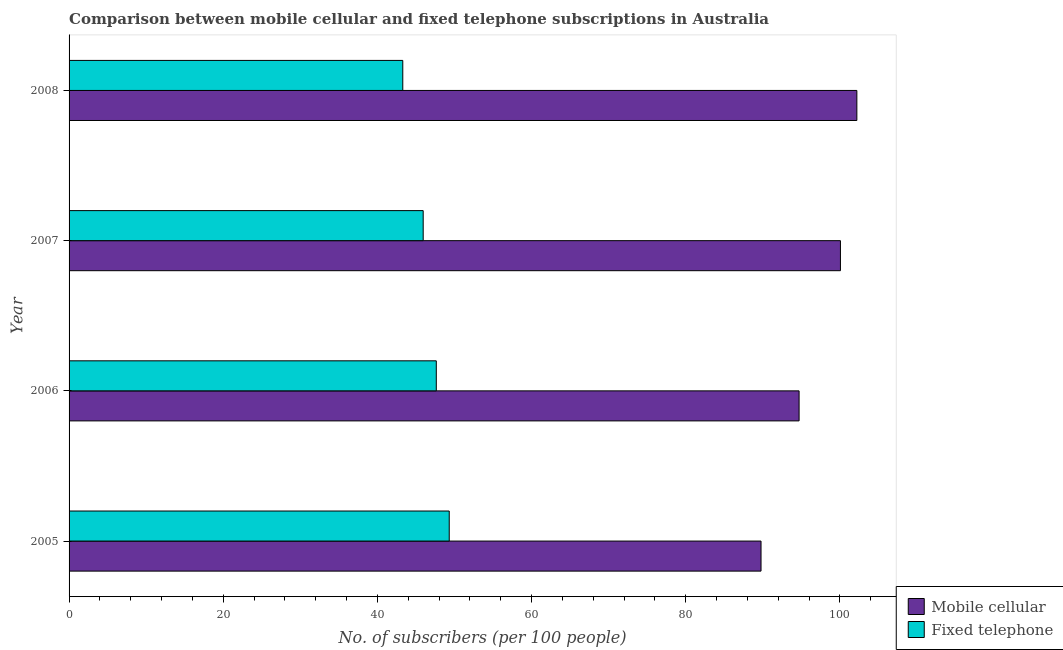
| Year | Mobile cellular | Fixed telephone |
 | --- | --- | --- |
 | 2005 | 89.8 | 49.3 |
 | 2006 | 94.7 | 47.6 |
 | 2007 | 100 | 45.9 |
 | 2008 | 102 | 43.3 |